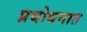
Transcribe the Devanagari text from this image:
प्रबोधनात